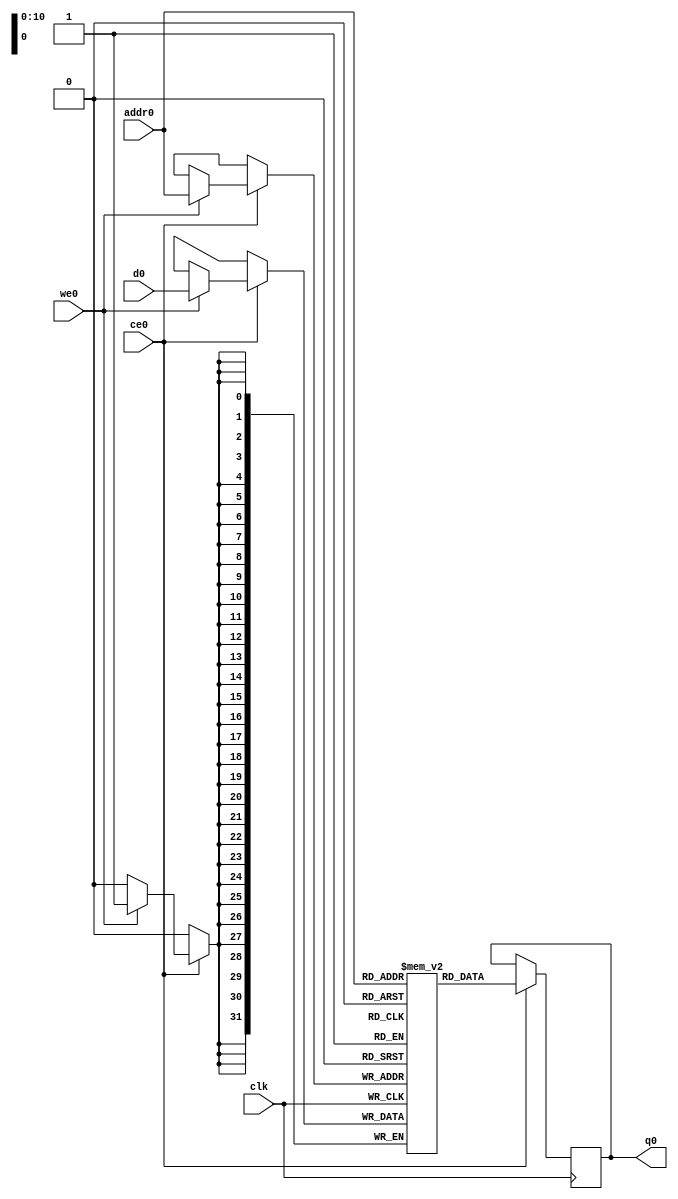
// ==============================================================
// Vivado(TM) HLS - High-Level Synthesis from C, C++ and SystemC v2019.1 (64-bit)
// Copyright 1986-2019 Xilinx, Inc. All Rights Reserved.
// ==============================================================
`timescale 1 ns / 1 ps
module Prediction_o_avgpeOg_ram (addr0, ce0, d0, we0, q0,  clk);

parameter DWIDTH = 32;
parameter AWIDTH = 11;
parameter MEM_SIZE = 1176;

input[AWIDTH-1:0] addr0;
input ce0;
input[DWIDTH-1:0] d0;
input we0;
output reg[DWIDTH-1:0] q0;
input clk;

(* ram_style = "block" *)reg [DWIDTH-1:0] ram[0:MEM_SIZE-1];




always @(posedge clk)  
begin 
    if (ce0) 
    begin
        if (we0) 
        begin 
            ram[addr0] <= d0; 
        end 
        q0 <= ram[addr0];
    end
end


endmodule

`timescale 1 ns / 1 ps
module Prediction_o_avgpeOg(
    reset,
    clk,
    address0,
    ce0,
    we0,
    d0,
    q0);

parameter DataWidth = 32'd32;
parameter AddressRange = 32'd1176;
parameter AddressWidth = 32'd11;
input reset;
input clk;
input[AddressWidth - 1:0] address0;
input ce0;
input we0;
input[DataWidth - 1:0] d0;
output[DataWidth - 1:0] q0;



Prediction_o_avgpeOg_ram Prediction_o_avgpeOg_ram_U(
    .clk( clk ),
    .addr0( address0 ),
    .ce0( ce0 ),
    .we0( we0 ),
    .d0( d0 ),
    .q0( q0 ));

endmodule